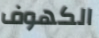
الكهوف